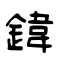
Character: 鍏